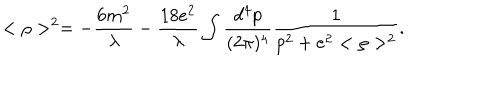
< \rho > ^ { 2 } = - \frac { 6 m ^ { 2 } } { \lambda } - \frac { 1 8 e ^ { 2 } } { \lambda } \int \frac { d ^ { 4 } p } { ( 2 \pi ) ^ { 4 } } \frac { 1 } { p ^ { 2 } + e ^ { 2 } < \rho > ^ { 2 } } .